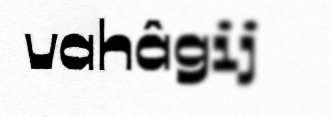
vahâgij